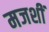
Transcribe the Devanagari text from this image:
मजशीं